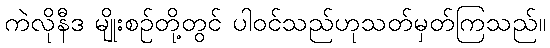
ကဲလိုနီဒ မျိုးစဉ်တို့တွင် ပါဝင်သည်ဟုသတ်မှတ်ကြသည်။